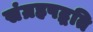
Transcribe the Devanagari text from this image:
संग्रहपद्धति